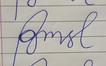
Signature authenticity: forged